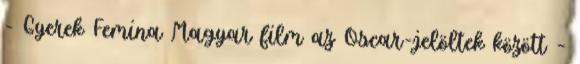
- Gyerek Femina Magyar film az Oscar-jelöltek között –